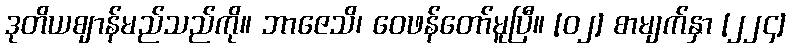
ဒုတိယဈာန်မည်သည်ကို။ ဘာဇေသိ၊ ဝေဖန်တော်မူပြီ။ [၀၂] စာမျက်နှာ [၂၂၄]